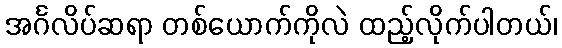
အင်္ဂလိပ်ဆရာ တစ်ယောက်ကိုလဲ ထည့်လိုက်ပါတယ်၊